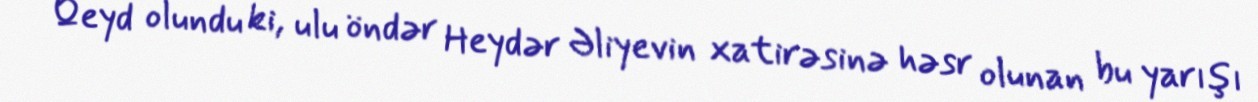
Qeyd olundu ki, ulu öndər Heydər Əliyevin xatirəsinə həsr olunan bu yarışı